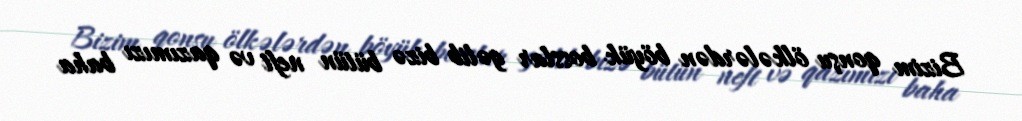
Bizim qonşu ölkələrdən böyük bosslar gəlib bizə bütün neft və qazımızı baha